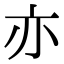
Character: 亦